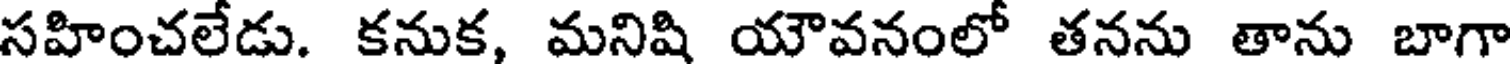
సహించలేడు. కనుక, మనిషి యౌవనంలో తనను తాను బాగా